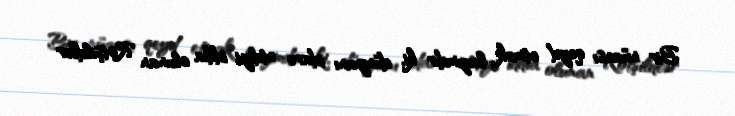
Bir nüansı qeyd etmək lazımdır ki, dünyanı idarə etdiyi iddia olunan Rotşildlər